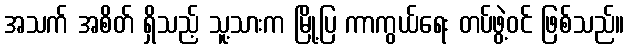
အသက် အစိတ် ရှိသည့် သူ့သားက မြို့ပြ ကာကွယ်ရေး တပ်ဖွဲ့ဝင် ဖြစ်သည်။